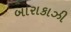
બારાકાઝી